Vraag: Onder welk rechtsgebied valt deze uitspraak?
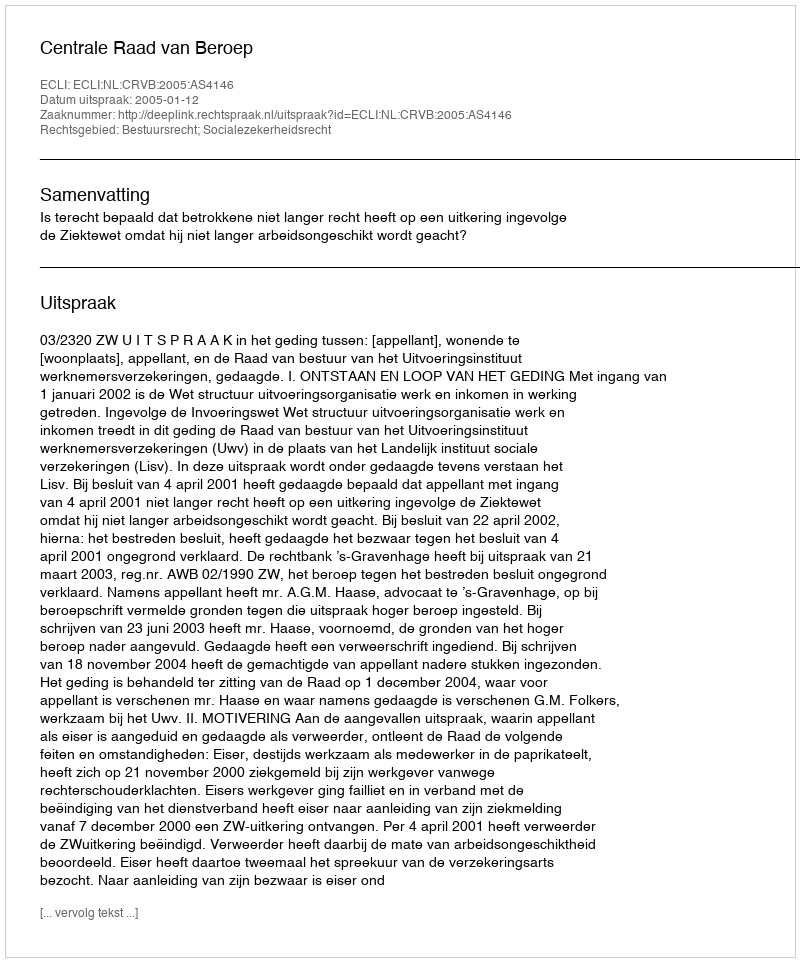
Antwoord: Bestuursrecht; Socialezekerheidsrecht